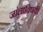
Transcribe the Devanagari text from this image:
जालांविषयी